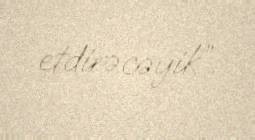
etdirəcəyik”.